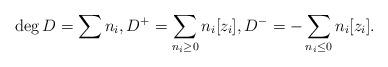
LaTeX: \begin{align*} \deg D = \sum n_i, D^+ = \sum_{n_i\ge0} n_i [z_i], D^- = -\sum_{n_i\le0} n_i [z_i].\end{align*}